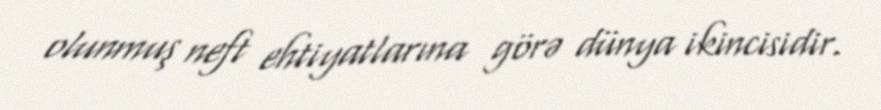
olunmuş neft ehtiyatlarına görə dünya ikincisidir.